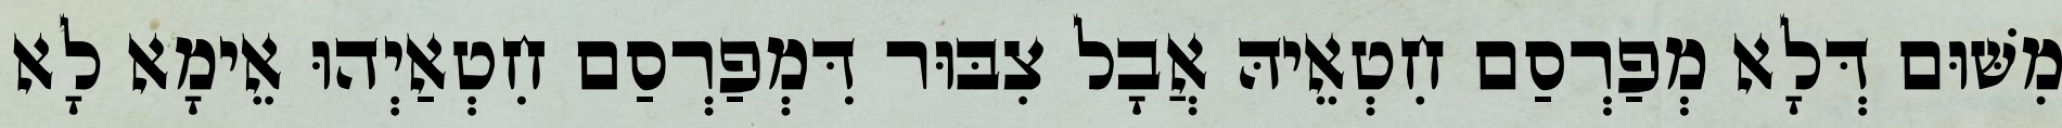
מִשּׁוּם דְּלָא מְפַרְסַם חִטְאֵיהּ אֲבָל צִבּוּר דִּמְפַרְסַם חִטְאַיְהוּ אֵימָא לָא